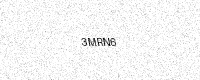
Text: 3MRN6